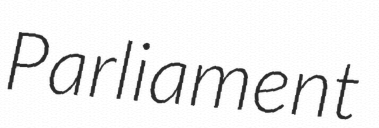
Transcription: Parliament